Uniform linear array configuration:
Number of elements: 48
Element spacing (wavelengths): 0.5
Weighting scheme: binomial
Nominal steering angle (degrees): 0
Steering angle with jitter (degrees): -1.423
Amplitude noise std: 0.05
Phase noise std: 0.05

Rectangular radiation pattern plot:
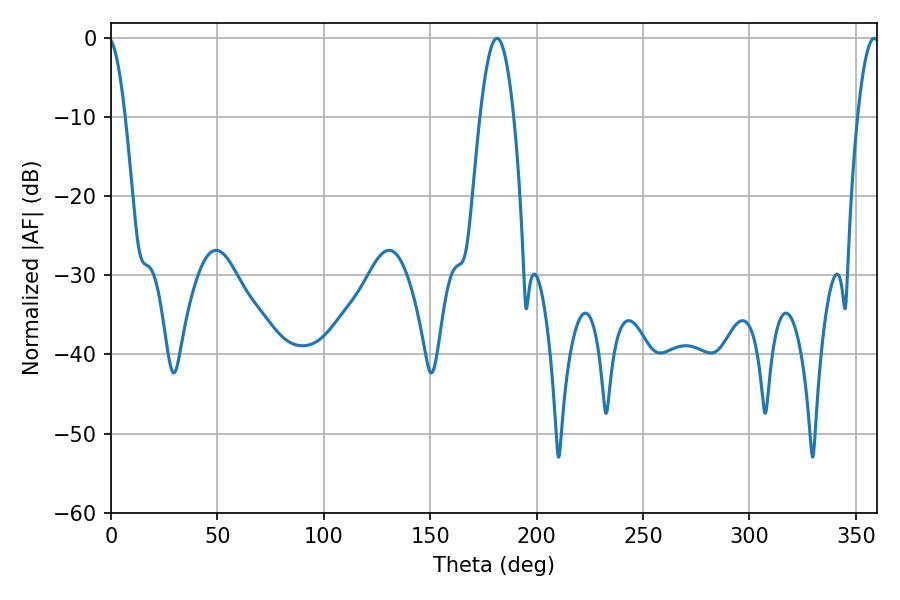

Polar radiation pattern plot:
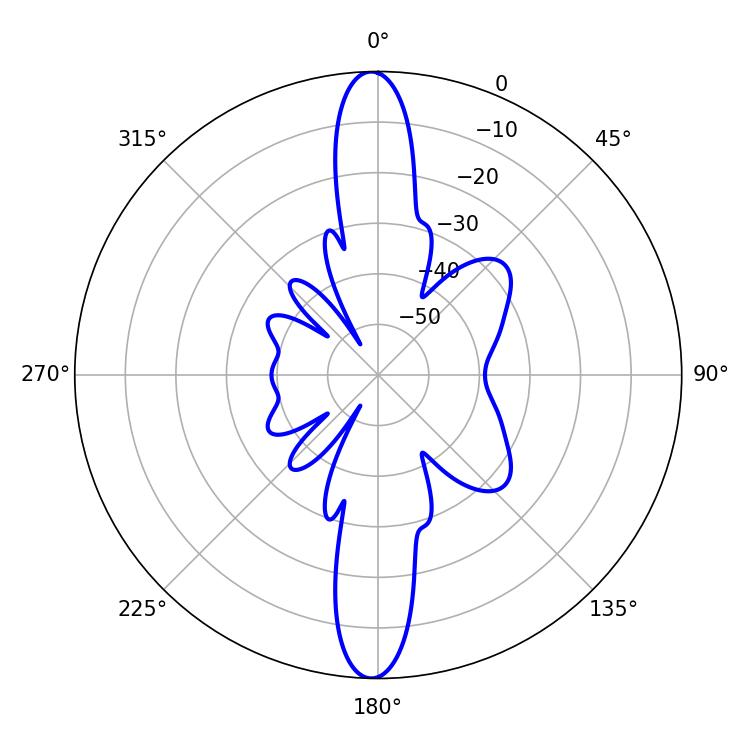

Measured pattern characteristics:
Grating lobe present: FALSE
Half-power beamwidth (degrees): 5.58
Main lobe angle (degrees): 358.56